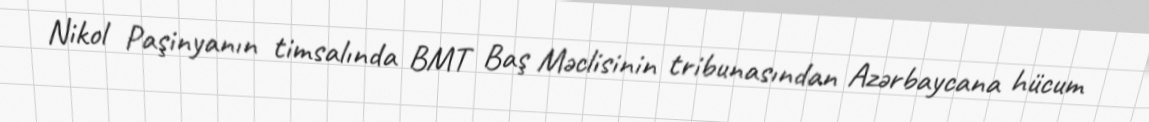
Nikol Paşinyanın timsalında BMT Baş Məclisinin tribunasından Azərbaycana hücum